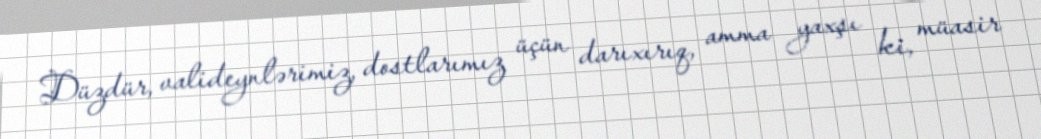
Düzdür, valideynlərimiz, dostlarımız üçün darıxırıq, amma yaxşı ki, müasir